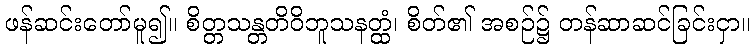
ဖန်ဆင်းတော်မူ၍။ စိတ္တသန္တတိဝိဘူသနတ္ထံ၊ စိတ်၏ အစဉ်၌ တန်ဆာဆင်ခြင်းငှာ။